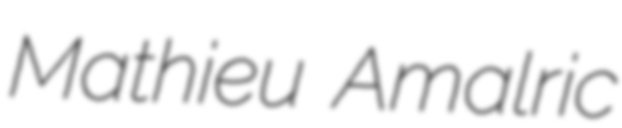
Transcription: Mathieu Amalric